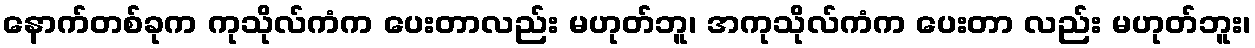
နောက်တစ်ခုက ကုသိုလ်ကံက ပေးတာလည်း မဟုတ်ဘူ၊ အကုသိုလ်ကံက ပေးတာ လည်း မဟုတ်ဘူး၊